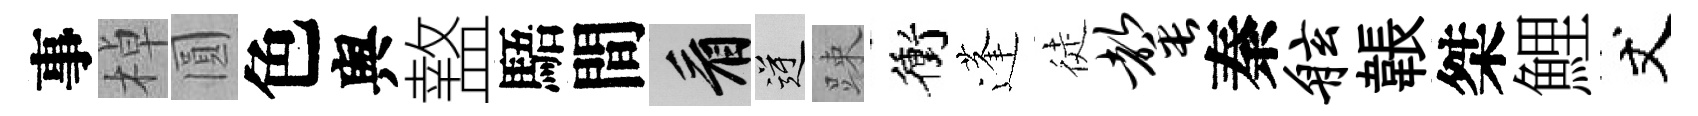
事棹圓色舆盩䮏間看逆踈衝蓬徒罄秦舷韔桀鯉丈